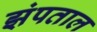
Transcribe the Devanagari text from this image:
झंपताल